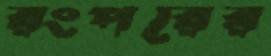
রংপরের